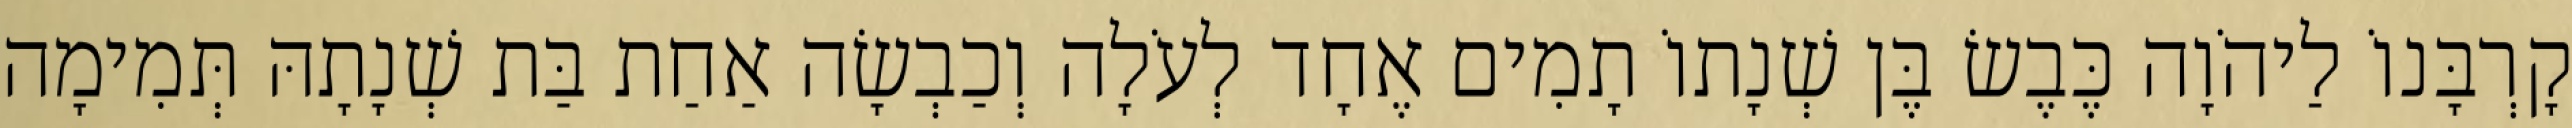
קָרְבָּנוֹ לַיהֹוָה כֶּבֶשׂ בֶּן שְׁנָתוֹ תָמִים אֶחָד לְעֹלָה וְכַבְשָׂה אַחַת בַּת שְׁנָתָהּ תְּמִימָה